Report on vaccination in Madras 1904-1921 - 1904-1921
Year: 1904
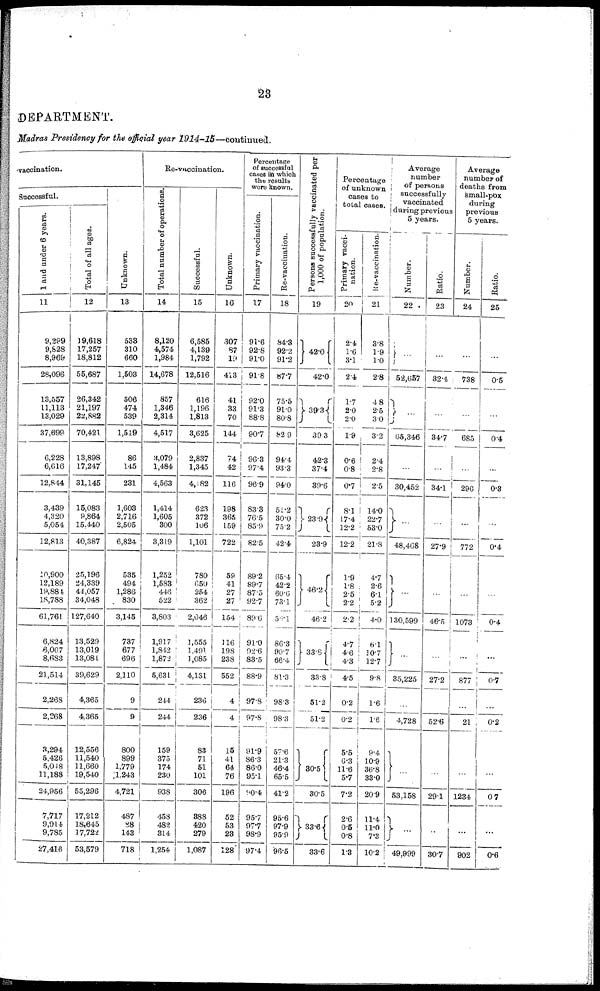
23
DEPARTMENT.
Madras Presidency for the official year 1914-15—continued.
vaccination.
Successful.
1 and under 6 years.
11
9,299
9,828
8,969
28,096
13,657
11,113
13,029
37,699
6,228
6,616
12,844
3,439
4,320
5,054
12,813
10,900
12,189
19,884
18,788
61,761
6,824
6,007
8,683
21,514
2,268
2,268
3,294
5,426
5,048
11,188
24,956
7,717
9,914
9,785
27,416
Total of all ages.
12
19,618
17,257
18,812
55,687
26,342
21,197
22,882
70,4211
13,898
17,247
31,145
15,083
9,864
15,440
40,387
25,196
24,339
44,057
34,048
127,640
13,529
13,019
13,081
39,629
4,365
4,365
12,556
11,540
11,660
19,540
55,296
17,212
18,645
17,722
53,579
Unknown.
13
538
310
660
1,503
506
474
539
1,519
86
145
231
1,603
2,716
2,505
6,824
535
494
1,286
830
3,145
737
677
696
2,110
9
9
800
899
1,779
1,243
4,721
487
88
143
718
Re-vaccination.
Total number of operations
14
8,120
4,574
1,984
14,678
857
1,346
2,314
4,517
3,079
1,484
4,563
1,414
1,605
300
3,319
1,252
1,583
446
522
3,803
1,917
1,842
1,872
5,631
244
244
159
375
174
230
938
458
482
314
1,254
Successful.
15
6,585
4,139
1,792
12,516
616
1,196
1,813
3,625
2,837
1,345
4,182
623
372
106
1,101
780
650
254
362
2,046
1,555
1,491
1,085
4,131
236
236
83
71
51
101
306
388
420
279
1,087
Unknown.
16
307
87
19
413
41
33
70
144
74
42
116
198
365
159
722
59
41
27
27
154
116
198
238
552
4
4
15
41
64
76
196
52
53
23
128
Percentage
of successful
cases in which
the results
were known.
Primary vaccination.
17
91.6
92.8
91.0
91.8
92.0
91.3
88.8
90.7
96.3
97.4
96.9
83.3
76.5
85.9
82.5
89.2
89.7
87.5
92.7
89.6
91.0
92.6
83.5
88.9
97.8
97.8
91.9
86.3
86.0
95.1
90.4
95.7
97.7
98.9
97.4
Re-vaccination.
18
84.3
92.2
91.2
87.7
75.5
91.0
80.8
82.9
94.4
93.3
94.0
51.2
30.0
75.2
42.4
65.4
42.2
60.6
73.1
56.1
86.3
90.7
66.4
81.3
98.3
98.3
57.6
21.3
46.4
65.5
41.2
95.6
97.9
95.9
96.5
Persons successfully vaccinated per
1,000 of population.
19
42.0
42.0
39.3
39.3
42.3
37.4
39.6
23.9
23.9
46.2
46.2
33.8
33.8
51.2
51.2
30.5
30.5
33.6
33.6
Percentage
of unknown
cases to
total cases.
Primary vacci-
nation.
20
2.4
1.6
3.1
2.4
1.7
2.0
2.0
1.9
0.6
0.8
0.7
8.1
17.4
12.2
12.2
1.9
1.8
2.5
2.2
2.2
4.7
4.6
4.3
4.5
0.2
0.2
5.5
6.3
11.6
5.7
7.2
2.6
0.5
0.8
1.3
Re-vaccination.
21
3.8
1.9
1.0
2.8
4.8
2.5
3.0
3.2
2.4
2.8
2.5
14.0
22.7
53.0
21.8
4.7
2.6
6.1
5.2
4.0
6.1
10.7
12.7
9.8
1.6
1.6
9.4
10.9
36.8
33.0
20.9
11.4
11.0
7.3
10.2
Average
number
of persons
successfully
vaccinated
during previous
5 years.
Number.
22
...
52,657
...
65,346
...
30,452
...
48,468
...
130,599
...
35,225
...
4,728
...
53,158
...
49,999
Ratio.
23
...
32.4
...
34.7
...
34.1
...
27.9
...
46.5
...
27.2
...
52.6
...
29.1
...
30.7
Average
number of
deaths from
Small-pox
during
previous
5 years.
Number.
24
...
738
...
685
...
296
...
772
...
1,073
...
877
...
21
...
1,234
...
902
Ratio.
25
...
0.5
...
0.4
...
0.3
...
0.4
...
0.4
...
0.7
...
0.2
...
0.7
...
0.6